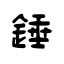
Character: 錘